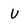
Character: U